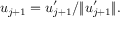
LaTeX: u _ { j + 1 } = u _ { j + 1 } ^ { \prime } / \| u _ { j + 1 } ^ { \prime } \| .